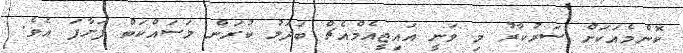
ކޮންމެއަކަށް ސަރުކާރު މި ވަނީ އައިޖީއެމްއެޗް ބަދަލު ކުރަން މަސައްކަތް ފަށާފަ އެވެ.